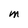
Character: M